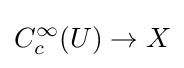
C_{c}^{\infty }(U)\to X